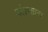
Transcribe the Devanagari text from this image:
कोलतार।